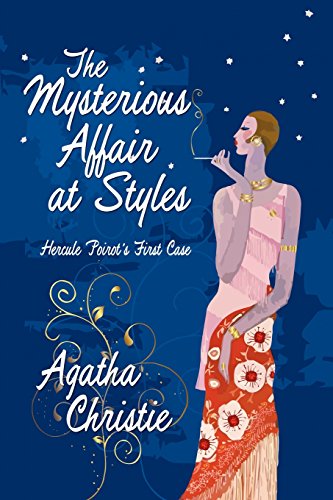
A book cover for The Mysterious Affair at Styles: Hercule Poirot's First Case (Hercule Poirot Mysteries); Agatha Christie; Mystery, Thriller & Suspense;